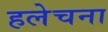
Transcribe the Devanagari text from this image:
हलेचना